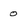
Character: 0